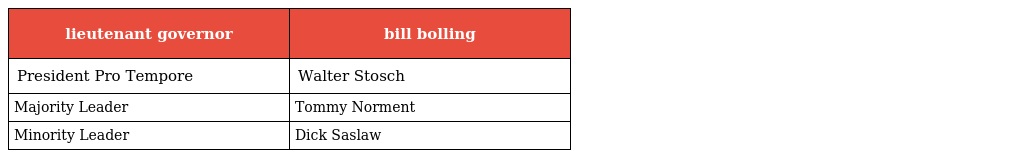
| lieutenant governor | bill bolling |
 | --- | --- |
 | President Pro Tempore | Walter Stosch |
 | Majority Leader | Tommy Norment |
 | Minority Leader | Dick Saslaw |